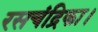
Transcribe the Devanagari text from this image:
रसचंद्रिका।